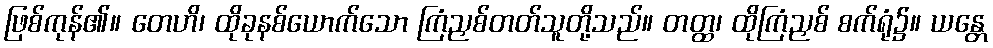
ဖြစ်ကုန်၏။ တေဟိ၊ ထိုခုနစ်ယောက်သော ကြံညှစ်တတ်သူတို့သည်။ တတ္ထ၊ ထိုကြံညှစ် စက်ရုံ၌။ ယန္တေ